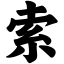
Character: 索